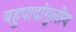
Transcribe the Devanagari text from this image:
बहुपादांगुलीय